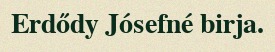
Erdődy Jósefné birja.